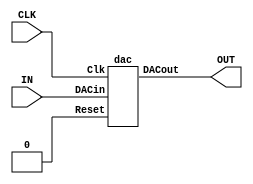
/////////////////////////////////////////////////////////////////////////////
//
// 10bit Sound Encoder SigmaDelta DAC
//
// Version : 1.00
//
// Copyright(c) 2004 Tatsuyuki Satoh , All rights reserved
//
// License:
//   This source is under the GPL license.
//
// Histry:
//   2004. 7.21 1st Release
//
/////////////////////////////////////////////////////////////////////////////

module senc_sd(CLK,IN,OUT);

input CLK;
input [9:0] IN;
output OUT;

dac dac(.DACout(OUT), .DACin(IN), .Clk(CLK), .Reset(1'b0));

endmodule

//
// XAPP154 based SigmaDeltaPCM Module
//
// Important !
//
// This program is freeware for non-commercial use. 
// An author does no guarantee about this program.
// You can use this under your own risk. 
//
// See the xapp154.pdf on Xilinx application note.
//
//

`timescale 100 ps / 10 ps
`define MSBI 9 // Most significant Bit of DAC input
//This is a Delta-Sigma Digital to Analog Converter

module dac(DACout, DACin, Clk, Reset);
output DACout; // This is the average output that feeds low pass filter
reg DACout; // for optimum performance, ensure that this ff is in IOB
input [`MSBI:0] DACin; // DAC input (excess 2**MSBI)
input Clk;
input Reset;
reg [`MSBI+2:0] DeltaAdder; // Output of Delta adder
reg [`MSBI+2:0] SigmaAdder; // Output of Sigma adder
reg [`MSBI+2:0] SigmaLatch; // Latches output of Sigma adder
reg [`MSBI+2:0] DeltaB; // B input of Delta adder

always @(SigmaLatch) DeltaB = {SigmaLatch[`MSBI+2], SigmaLatch[`MSBI+2]} << (`MSBI+1);

always @(DACin or DeltaB) DeltaAdder = DACin + DeltaB;

always @(DeltaAdder or SigmaLatch) SigmaAdder = DeltaAdder + SigmaLatch;

always @(posedge Clk or posedge Reset)
begin
	if(Reset)
	begin
		SigmaLatch <= #1 1'b1 << (`MSBI+1);
		DACout <= #1 1'b0;
	end
	else
	begin
//		SigmaLatch <== #1 SigmaAdder;
		SigmaLatch <= #1 SigmaAdder;
		DACout <= #1  SigmaLatch[`MSBI+2];
	end
end
endmodule